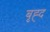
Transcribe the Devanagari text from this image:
बृह्द